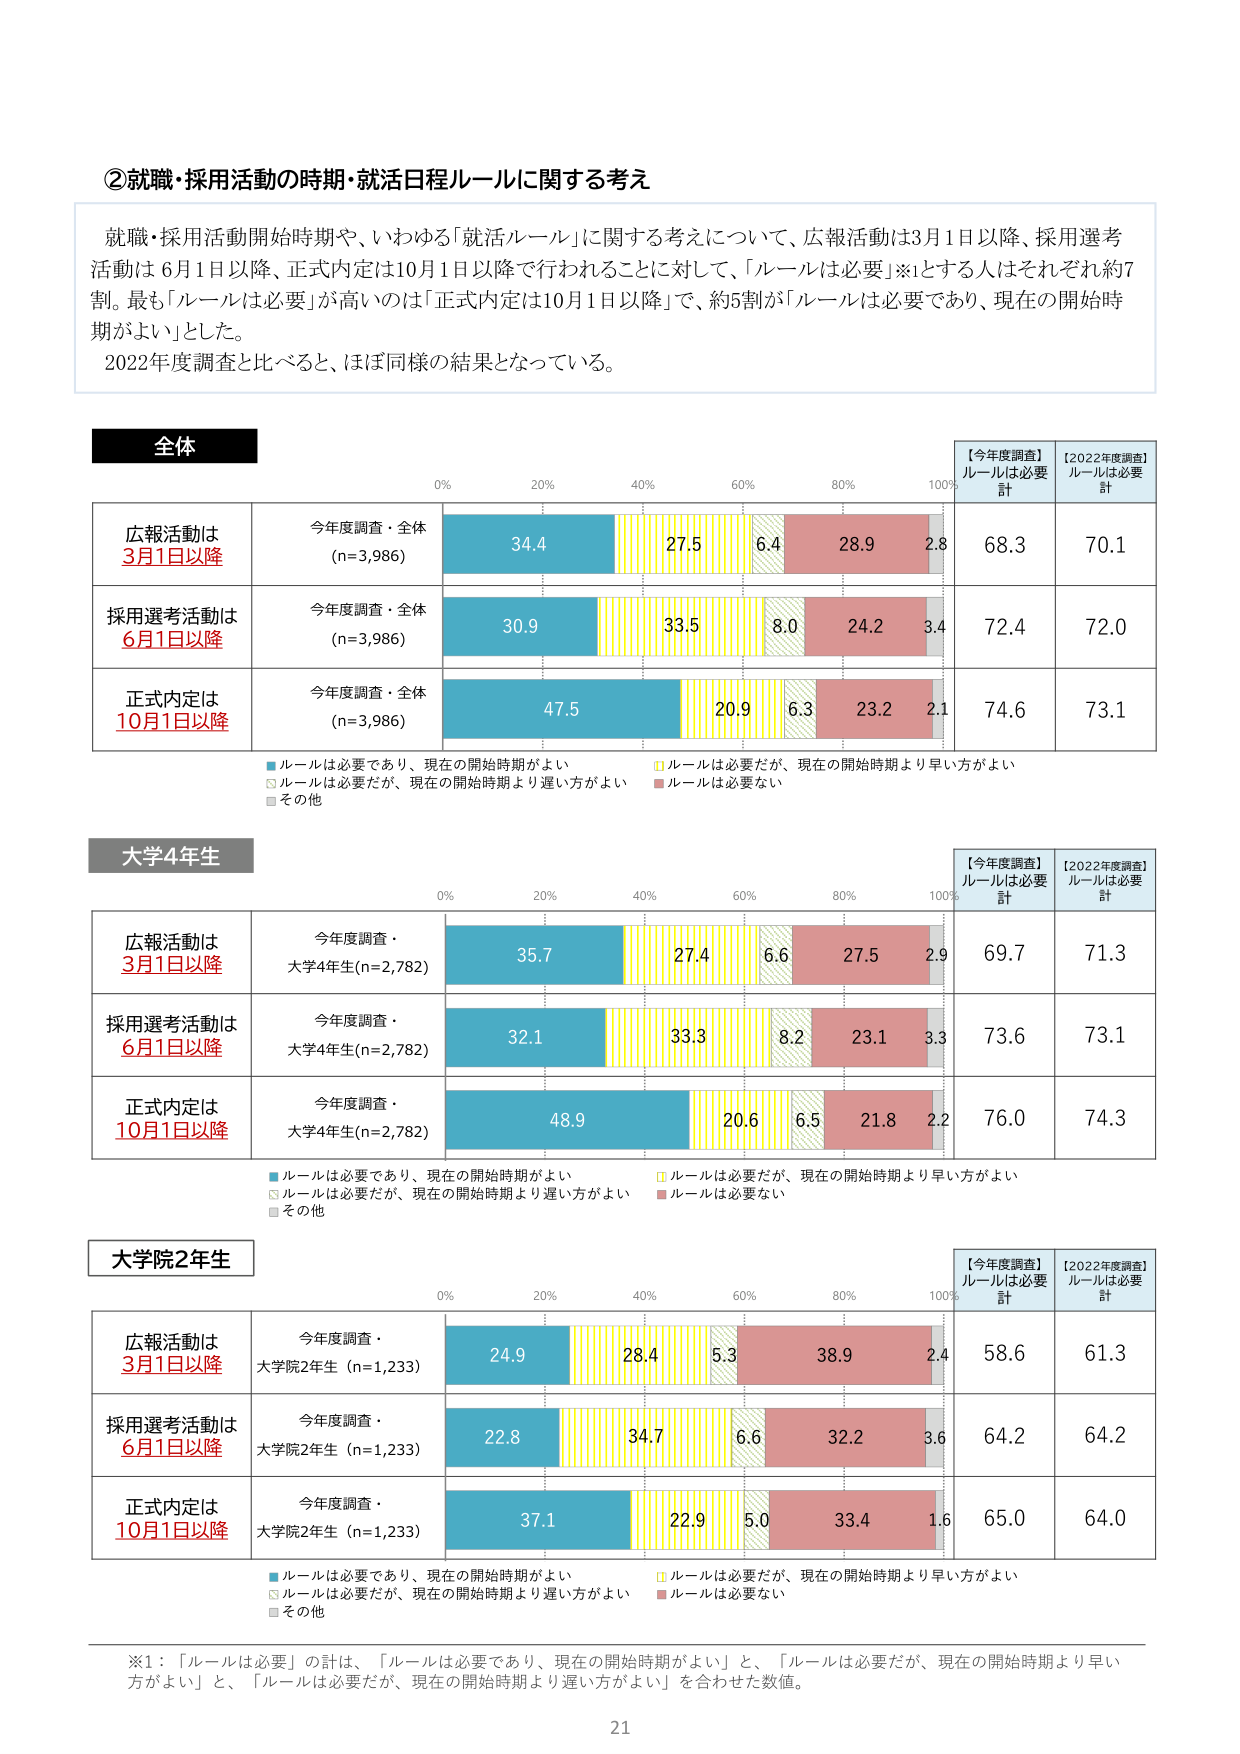
②就職・採用活動の時期・就活日程ルールに関する考え

就職・採用活動開始時期や、いわゆる「就活ルール」に関する考えについて、広報活動は3月1日以降、採用選考活動は6月1日以降、正式内定は10月1日以降で行われることに対して、「ルールは必要」※1とする人はそれぞれ約7割。最も「ルールは必要」が高いのは「正式内定は10月1日以降」で、約5割が「ルールは必要であり、現在の開始時期がよい」とした。
2022年度調査と比べると、ほぼ同様の結果となっている。

全体

広報活動は
3月1日以降
今年度調査・全体
(n=3,986)
34.4
27.5
6.4
28.9
2.8
68.3
70.1

採用選考活動は
6月1日以降
今年度調査・全体
(n=3,986)
30.9
33.5
8.0
24.2
3.4
72.4
72.0

正式内定は
10月1日以降
今年度調査・全体
(n=3,986)
47.5
20.9
6.3
23.2
2.1
74.6
73.1

■ルールは必要であり、現在の開始時期がよい
□ルールは必要だが、現在の開始時期より早い方がよい
□ルールは必要だが、現在の開始時期より遅い方がよい
■その他

【今年度調査】
ルールは必要
計
【2022年度調査】
ルールは必要
計

大学4年生

広報活動は
3月1日以降
今年度調査・
大学4年生(n=2,782)
35.7
27.4
6.6
27.5
2.9
69.7
71.3

採用選考活動は
6月1日以降
今年度調査・
大学4年生(n=2,782)
32.1
33.3
8.2
23.1
3.3
73.6
73.1

正式内定は
10月1日以降
今年度調査・
大学4年生(n=2,782)
48.9
20.6
6.5
21.8
2.2
76.0
74.3

■ルールは必要であり、現在の開始時期がよい
□ルールは必要だが、現在の開始時期より早い方がよい
□ルールは必要だが、現在の開始時期より遅い方がよい
■その他

【今年度調査】
ルールは必要
計
【2022年度調査】
ルールは必要
計

大学院2年生

広報活動は
3月1日以降
今年度調査・
大学院2年生 (n=1,233)
24.9
28.4
5.3
38.9
2.4
58.6
61.3

採用選考活動は
6月1日以降
今年度調査・
大学院2年生 (n=1,233)
22.8
34.7
6.6
32.2
3.6
64.2
64.2

正式内定は
10月1日以降
今年度調査・
大学院2年生 (n=1,233)
37.1
22.9
5.0
33.4
1.6
65.0
64.0

■ルールは必要であり、現在の開始時期がよい
□ルールは必要だが、現在の開始時期より早い方がよい
□ルールは必要だが、現在の開始時期より遅い方がよい
■その他

【今年度調査】
ルールは必要
計
【2022年度調査】
ルールは必要
計

※1：「ルールは必要」の計は、「ルールは必要であり、現在の開始時期がよい」と、「ルールは必要だが、現在の開始時期より早い方がよい」と、「ルールは必要だが、現在の開始時期より遅い方がよい」を合わせた数値。

21